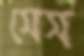
সেস